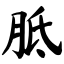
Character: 胝